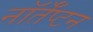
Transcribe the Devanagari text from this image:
नॉर्तँप्टन